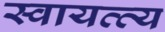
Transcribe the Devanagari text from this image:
स्वायत्त्य